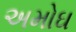
અમોઘ